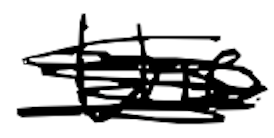
Text: the
Cross-out: scratch
Writing tool: digital_black